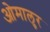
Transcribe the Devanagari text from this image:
ओमालुर